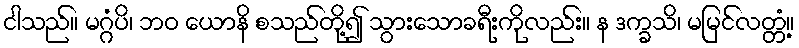
ငါသည်။ မဂ္ဂံပိ၊ ဘဝ ယောနိ စသည်တို့၍ သွားသောခရီးကိုလည်း။ န ဒက္ခသိ၊ မမြင်လတ္တံ့။